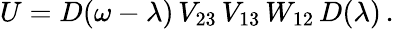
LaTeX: U=D(\omega-\lambda)\, V_{23}\, V_{13}\, W_{12}\, D(\lambda)\, .